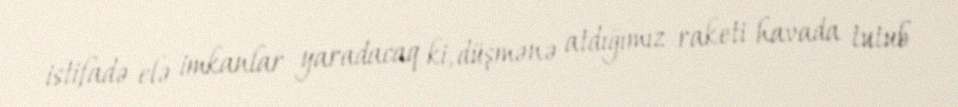
istifadə elə imkanlar yaradacaq ki, düşmənə atdığımız raketi havada tutub